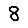
Digit: 8